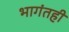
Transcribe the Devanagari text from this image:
भागंतही